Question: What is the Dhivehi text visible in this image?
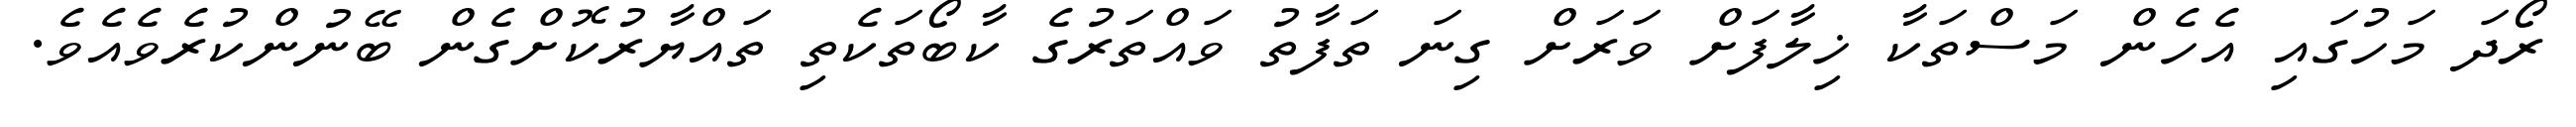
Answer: ރޯދަ މަހުގައި އެހެން މަސްތަކާ ޚިލާފަށް ވަރަށް ގިނަ ތަފާތު ވައްތަރުގެ ކާބޯތަކެތި ތައްޔާރުކޮށްގެން ބޭނުންކުރެވެއެވެ.